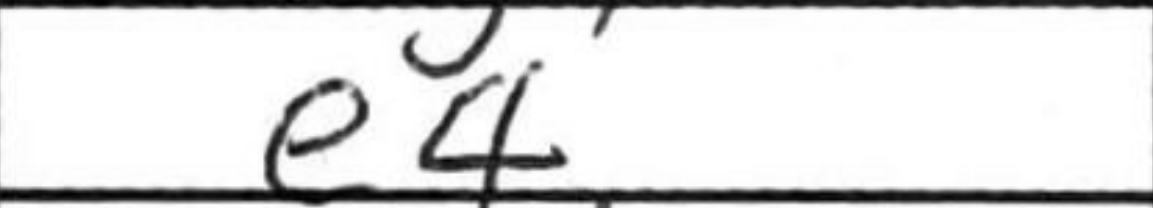
Transcription: e4